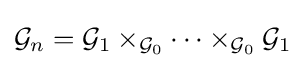
{\mathcal {G}}_{n}={\mathcal {G}}_{1}\times _{{\mathcal {G}}_{0}}\cdots \times _{{\mathcal {G}}_{0}}{\mathcal {G}}_{1}